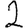
Digit: 2